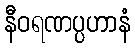
နီဝရဏပ္ပဟာနံ